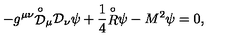
- g ^ { \mu \nu } { \stackrel { \circ } { \mathcal D } } { } _ { \mu } { \mathcal D } { } _ { \nu } \psi + \frac { 1 } { 4 } { \stackrel { \circ } { R } } \psi - M ^ { 2 } \psi = 0 ,